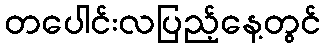
တပေါင်းလပြည့်နေ့တွင်